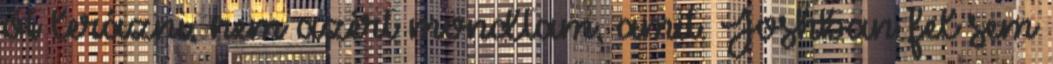
őt lerázni, nem azért mondtam, amit. Joshban fel sem